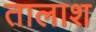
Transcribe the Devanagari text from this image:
तालाश